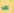
لقد